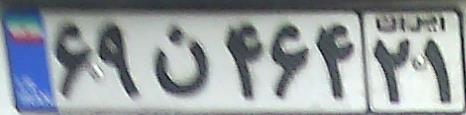
۶۹ن۴۶۴۲۱